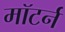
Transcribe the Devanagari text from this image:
मॉटर्न